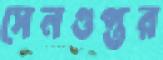
সেনগুপ্তর